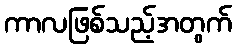
ကာလဖြစ်သည့်အတွက်